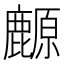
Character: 䴨